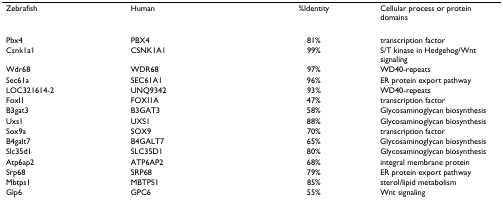
<table><thead><tr><td><b>Zebrafish</b></td><td><b>Human</b></td><td><b>%Identity</b></td><td><b>Cellular process or protein domains</b></td></tr></thead><tbody><tr><td>Pbx4</td><td>PBX4</td><td>81%</td><td>transcription factor</td></tr><tr><td>Csnk1a1</td><td>CSNK1A1</td><td>99%</td><td>S/T kinase in Hedgehog/Wnt signaling</td></tr><tr><td>Wdr68</td><td>WDR68</td><td>97%</td><td>WD40-repeats</td></tr><tr><td>Sec61a</td><td>SEC61A1</td><td>96%</td><td>ER protein export pathway</td></tr><tr><td>LOC321614-2</td><td>UNQ9342</td><td>93%</td><td>WD40-repeats</td></tr><tr><td>FoxI1</td><td>FOXI1A</td><td>47%</td><td>transcription factor</td></tr><tr><td>B3gat3</td><td>B3GAT3</td><td>58%</td><td>Glycosaminoglycan biosynthesis</td></tr><tr><td>Uxs1</td><td>UXS1</td><td>88%</td><td>Glycosaminoglycan biosynthesis</td></tr><tr><td>Sox9a</td><td>SOX9</td><td>70%</td><td>transcription factor</td></tr><tr><td>B4galt7</td><td>B4GALT7</td><td>65%</td><td>Glycosaminoglycan biosynthesis</td></tr><tr><td>Slc35d1</td><td>SLC35D1</td><td>80%</td><td>Glycosaminoglycan biosynthesis</td></tr><tr><td>Atp6ap2</td><td>ATP6AP2</td><td>68%</td><td>integral membrane protein</td></tr><tr><td>Srp68</td><td>SRP68</td><td>79%</td><td>ER protein export pathway</td></tr><tr><td>Mbtps1</td><td>MBTPS1</td><td>85%</td><td>sterol/lipid metabolism</td></tr><tr><td>Glp6</td><td>GPC6</td><td>55%</td><td>Wnt signaling</td></tr></tbody></table>